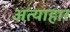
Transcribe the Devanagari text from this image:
अत्याहार